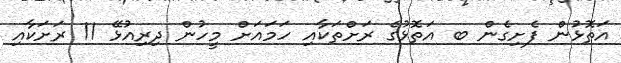
އަތޮޅުން ފެށިގެން ބ އަތޮޅުގެ ރަށްތަކާއި ހަމައަށް މީހުން ދިރިއުޅޭ 11 ރަށަކާއި